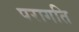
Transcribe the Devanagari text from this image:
परागति